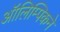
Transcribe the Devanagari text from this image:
ऑलिम्पिकने